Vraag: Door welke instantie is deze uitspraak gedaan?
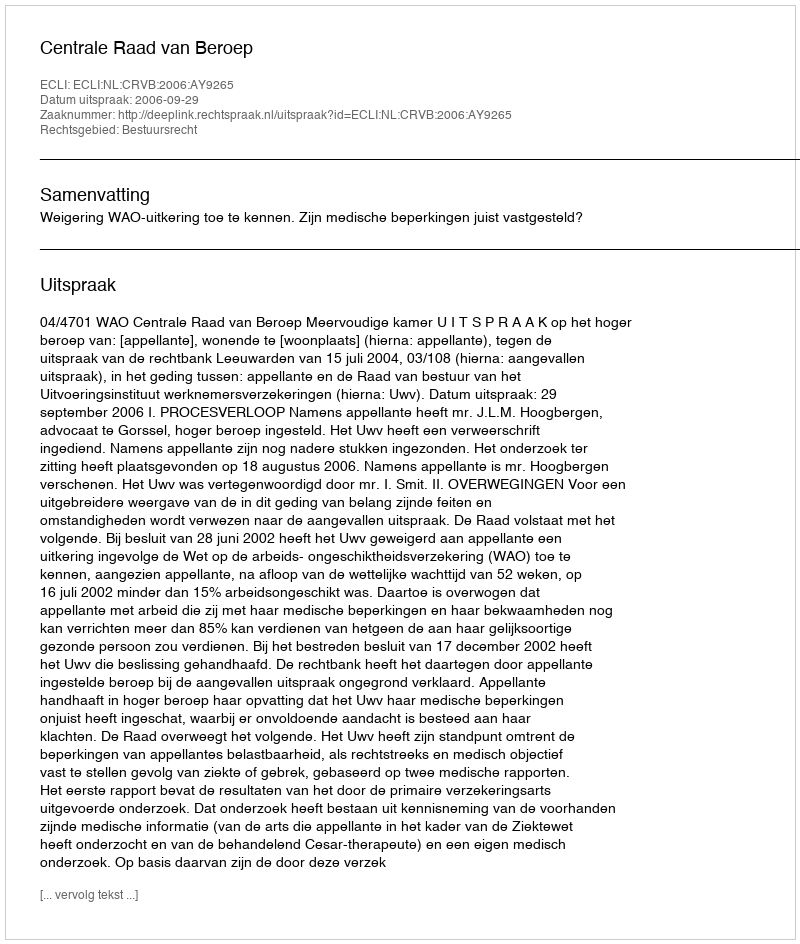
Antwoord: Centrale Raad van Beroep